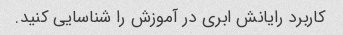
کاربرد رایانش ابری در آموزش را شناسایی کنید.